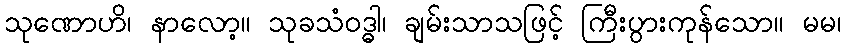
သုဏောဟိ၊ နာလော့။ သုခသံဝဒ္ဓါ၊ ချမ်းသာသဖြင့် ကြီးပွားကုန်သော။ မမ၊